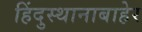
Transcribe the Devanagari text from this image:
हिंदुस्थानाबाहेर